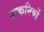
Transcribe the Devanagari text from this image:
डाकनियों